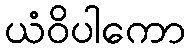
ယံဝိပါကော